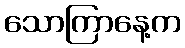
သောကြာနေ့က